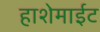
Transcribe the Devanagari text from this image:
हाशेमाईट